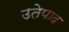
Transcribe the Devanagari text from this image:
उतेपाद